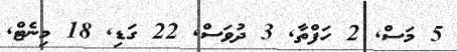
5 މަސް